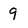
Character: 9